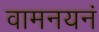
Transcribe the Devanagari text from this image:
वामनयनं